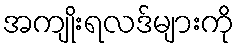
အကျိုးရလဒ်များကို